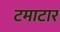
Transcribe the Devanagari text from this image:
टमाटार